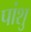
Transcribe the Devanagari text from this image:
पांशु